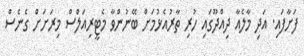
ފަށާފައި. އަދި މާލެއާ ދިއްދޫގައި ހުރި ތާރުއެޅުމަށް ބޭނުންވާ މެޓީރިއަލްސް މިރަށަށް ގެނެސް